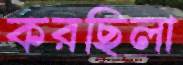
করছিলা